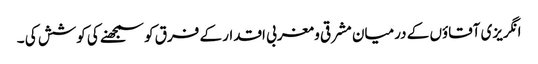
انگریزی آقاؤں کے درمیان مشرقی و مغربی اقدار کے فرق کو سمجھنے کی کوشش کی ۔